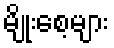
မျိုးစေ့များ